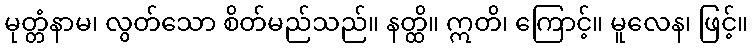
မုတ္တံနာမ၊ လွတ်သော စိတ်မည်သည်။ နတ္ထိ။ ဣတိ၊ ကြောင့်။ မူလေန၊ ဖြင့်။